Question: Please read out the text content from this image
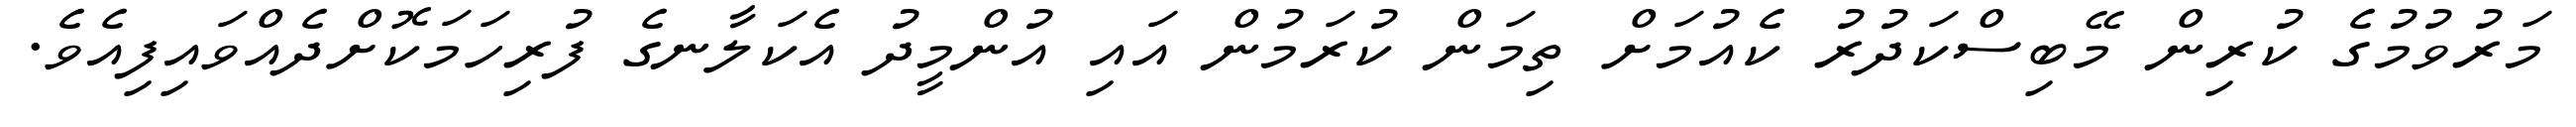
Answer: މަރުވުމުގެ ކުރިން މޭބިސްކަދުރު ކެއުމަށް ތިމަން ކުރަމުން އައި އުންމީދު އެކަލާނގެ ފުރިހަމަކޮށްދެއްވައިފިއެވެ.